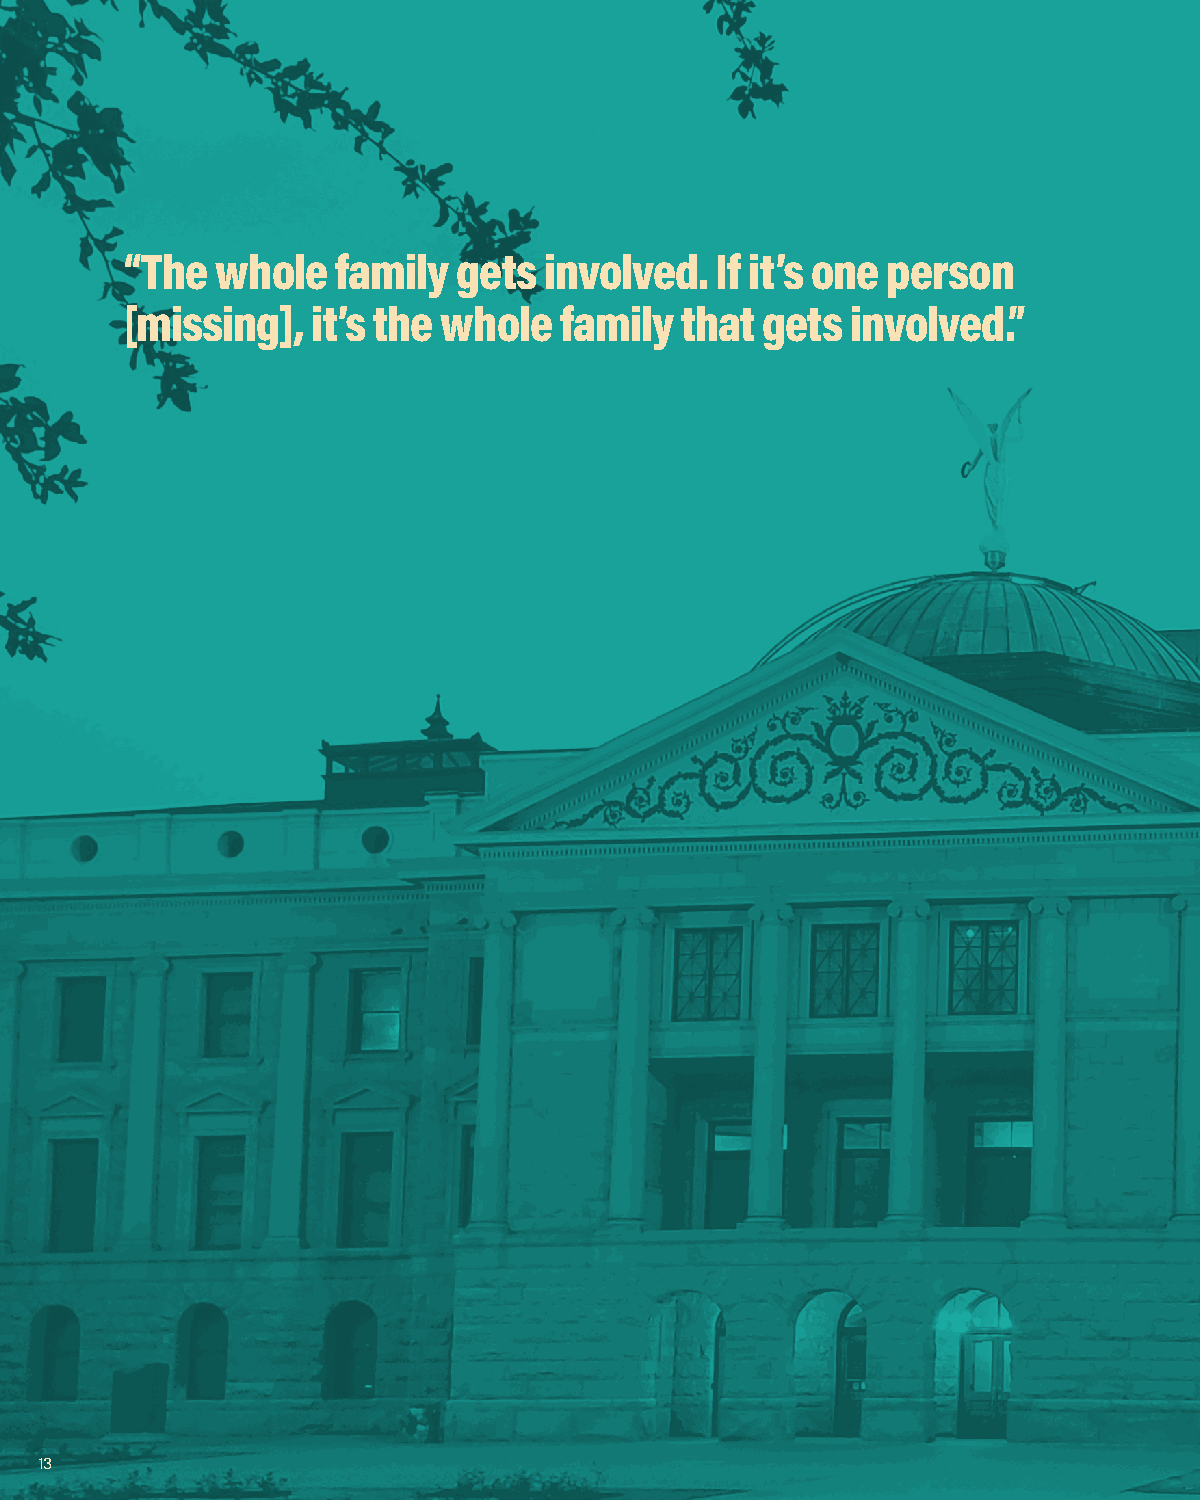
“The  whole   family  gets  involved.  If it’s one person
 [missing],   it’s the whole  family  that gets  involved.”
 13